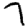
Digit: 7